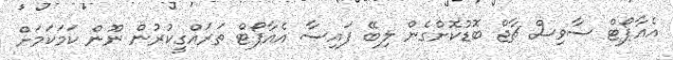
އެއާޕޯޓް ސާވިސް ޗާޖް ބޮޑުކޮށްގެން ލިބޭ ފައިސާ އެއާޕޯޓް ތަރައްގީކުރުން ނޫން ކަމަކަމަށް